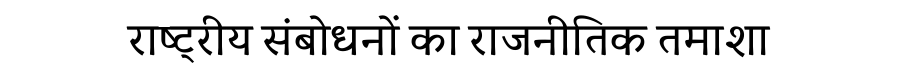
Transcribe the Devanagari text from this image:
राष्ट्रीय संबोधनों का राजनीतिक तमाशा